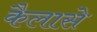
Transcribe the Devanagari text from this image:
कैलासे